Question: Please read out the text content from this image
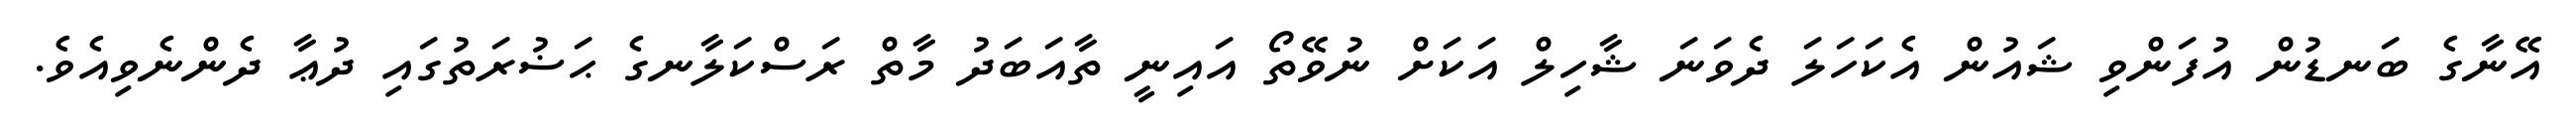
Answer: އޭނާގެ ބަނޑުން އުފަންވި ޝައުން އެކަހަލަ ދެވަނަ ޝާހިލް އަކަށް ނުވޭތޯ އައިނީ ތާއަބަދު މާތް ރަސްކަލާނގެ ޙަޟުރަތުގައި ދުޢާ ދެންނެވިއެވެ.